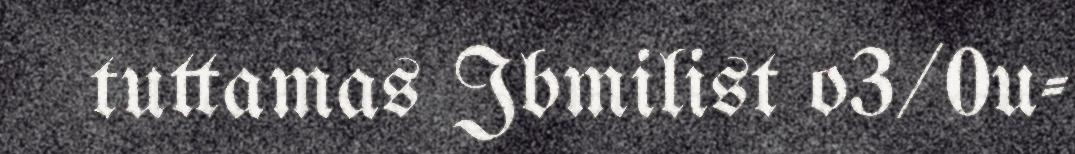
tuttamas Jbmilist o3/0u-